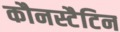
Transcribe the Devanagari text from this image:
कौनस्टैटिन